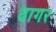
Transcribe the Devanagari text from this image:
वागर